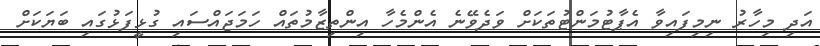
އަދި މިހާރު ނިމިފައިވާ އެޕާޓުމަންޓުތަކަށް ވަދެވޭނެ އެންމެހާ އިންތިޒާމުތައް ހަމަޖައްސައި ގުޅީފަޅުގައި ބަޔަކަށް